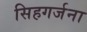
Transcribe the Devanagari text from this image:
सिहगर्जना